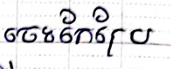
ចេះកែប្រែ